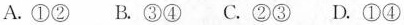
A.①② B.③④ C.②③ D.①④